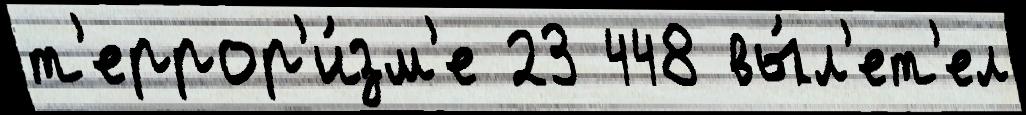
т'еррор'и́зм'е 23 448 вы́л'ет'ел